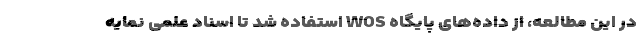
در این مطالعه، از داده‌های پایگاه WOS استفاده شد تا اسناد علمی نمایه